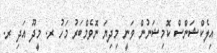
އިލެކްޝަންސް ކޮމިޝަނުން ވަނީ މިދިޔަ ނޮވެމްބަރު މަހު ރ. މީދޫ އަދި ރ.